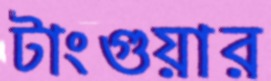
টাংগুয়ার